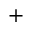
^ +